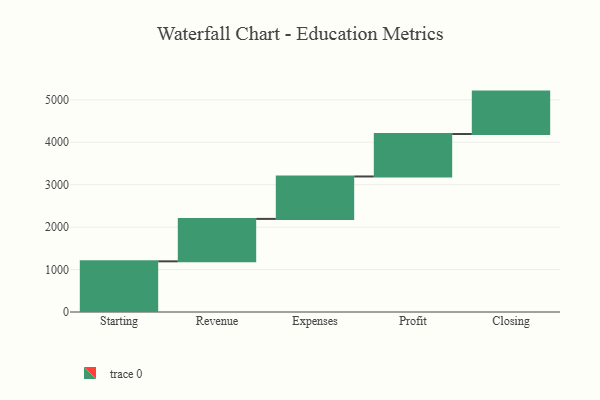
{"axis": {"x": "Step", "y": "Value"}, "legend": [""], "data": [{"x": "Starting", "y": 1194.0, "type": ""}, {"x": "Revenue", "y": 1000, "type": ""}, {"x": "Expenses", "y": 1000, "type": ""}, {"x": "Profit", "y": 1000, "type": ""}, {"x": "Closing", "y": 1000, "type": ""}]}